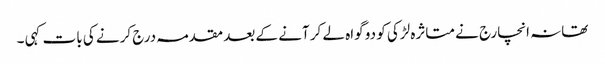
تھانہ انچارج نے متاثرہ لڑکی کو دو گواہ لے کر آنے کے بعد مقدمہ درج کرنے کی بات کہی ۔